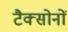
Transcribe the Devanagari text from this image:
टैक्सोनों